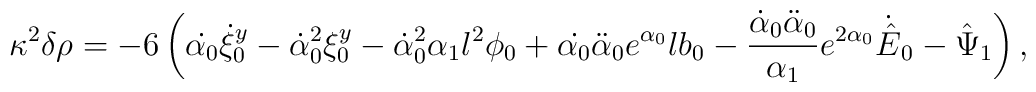
\kappa^2\delta \rho=-6 \left(\dot{\alpha_0} \dot{\xi}^y_0-\dot{\alpha}_0^2\xi^y_0-\dot{\alpha}_0^2 \alpha_1 l^2 \phi_0+\dot{\alpha_0} \ddot{\alpha}_0 e^{\alpha_0} l b_0-\frac{\dot{\alpha}_0 \ddot{\alpha}_0}{\alpha_1} e^{2 \alpha_0}\dot{\hat{E}}_0 -\hat{\Psi}_1\right),